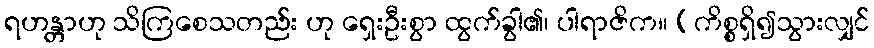
ရဟန္တာဟု သိကြစေသတည်း ဟု ရှေးဦးစွာ ထွက်ခွါ၏၊ ပါရာဇိက။ (ကိစ္စရှိ၍သွားလျှင်